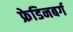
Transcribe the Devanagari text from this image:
फ्रेडिनबर्ग